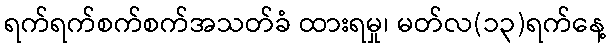
ရက်ရက်စက်စက်အသတ်ခံ ထားရမှု၊ မတ်လ(၁၃)ရက်နေ့